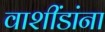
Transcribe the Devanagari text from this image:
वाशींडांना